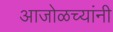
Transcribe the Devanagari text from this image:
आजोळच्यांनी